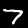
Digit: 7